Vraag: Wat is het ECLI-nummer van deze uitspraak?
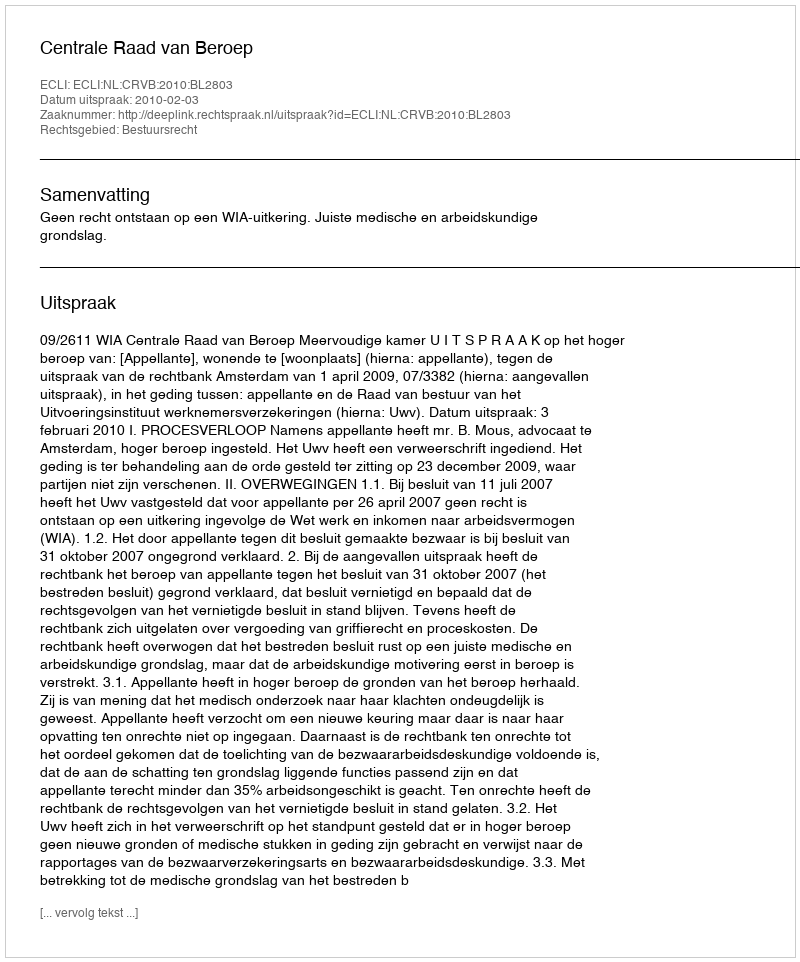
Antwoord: ECLI:NL:CRVB:2010:BL2803